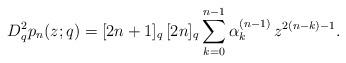
LaTeX: \begin{align*}D_{q}^{2}p_n(z;q)= [2n+1]_q\,[2n]_q\sum_{k=0}^{n-1} \alpha_k^{(n-1)}\, z^{2(n-k)-1}.\end{align*}